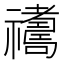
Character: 𥜣